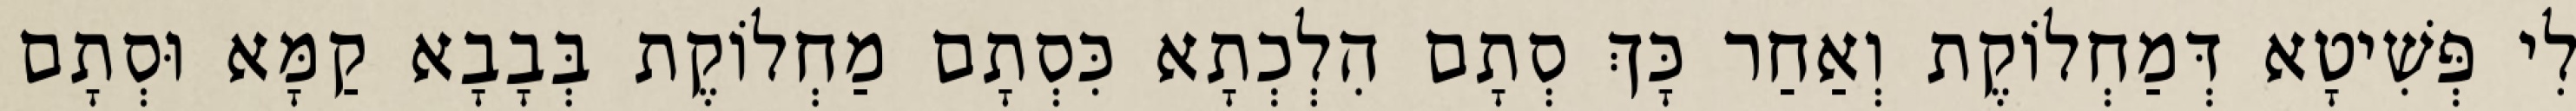
לִי פְּשִׁיטָא דְּמַחְלוֹקֶת וְאַחַר כָּךְ סְתָם הִלְכְתָא כִּסְתָם מַחְלוֹקֶת בְּבָבָא קַמָּא וּסְתָם